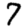
Digit: 7